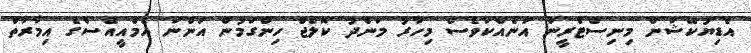
އެޑިޔުކޭޝަން މިނިސްޓްރީން އަނެއްކާވެސް މިހާރު މަންދު ކޮލެޖް ހިންގަމުން އަންނަ އެމްއީއެސްގެ އިމާރާތް